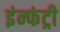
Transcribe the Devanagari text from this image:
इंन्फंट्री